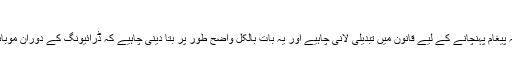
ڈاکٹر گریم ہول
انھوں نے کہا: ’میرا خیال ہے کہ پیغام پہنچانے کے لیے قانون میں تبدیلی لانی چاہیے اور یہ بات بالکل واضح طور پر بتا دینی چاہیے کہ ڈرائیونگ کے دوران موبائل فون کا استعمال خطرناک ہے۔